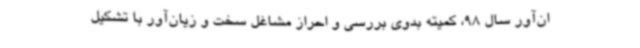
ان‌آور سال 98، کمیته بدوی بررسی و احراز مشاغل سخت و زیان‌آور با تشکیل